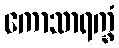
ကောသာရက္ခံ